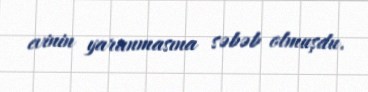
evinin yaranmasına səbəb olmuşdu.